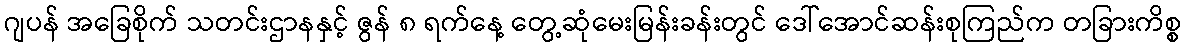
ဂျပန် အခြေစိုက် သတင်းဌာနနှင့် ဇွန် ၈ ရက်နေ့ တွေ့ဆုံမေးမြန်းခန်းတွင် ဒေါ်အောင်ဆန်းစုကြည်က တခြားကိစ္စ